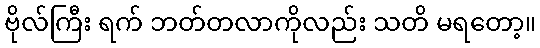
ဗိုလ်ကြီး ရက် ဘတ်တလာကိုလည်း သတိ မရတော့။